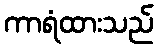
ကာရံထားသည်